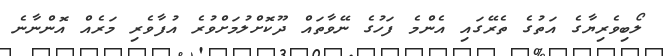
ލޯބިވެރިޔާގެ އަތުގެ ތެރޭގައި އެންމެ ފަހުގެ ނޭވާތައް ދޫކޮށްލުމަށްވުރެ އުފާވެރި މަރެއް އޮންނާނެ